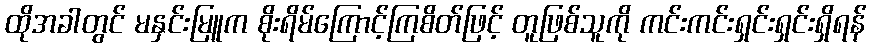
ထိုအခါတွင် မနှင်းမြူက စိုးရိမ်ကြောင့်ကြစိတ်ဖြင့် တူဖြစ်သူကို ကင်းကင်းရှင်းရှင်းရှိရန်